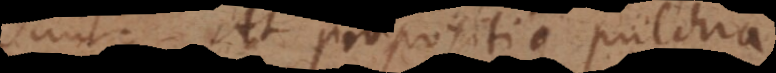
sunt. At propositio pulchra